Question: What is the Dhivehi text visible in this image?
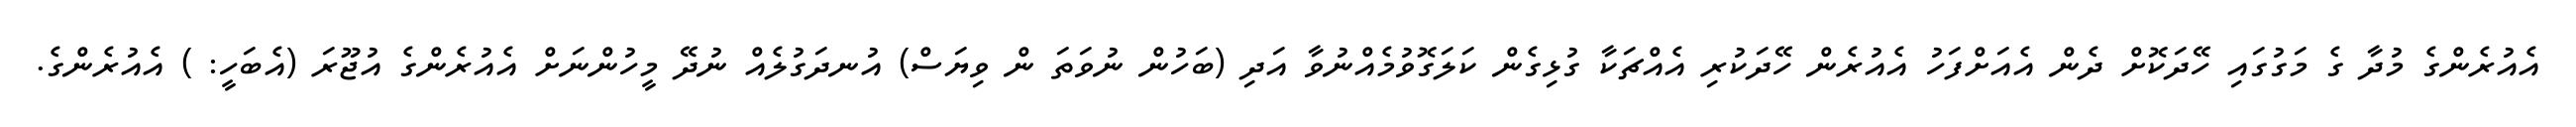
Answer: އެއުރެންގެ މުދާ ގެ މަގުގައި ހޭދަކޮށް ދެން އެއަށްފަހު އެއުރެން ހޭދަކުރި އެއްޗަކާ ގުޅިގެން ކަލަގޮވުމެއްނުވާ އަދި (ބަހުން ނުވަތަ ން ވިޔަސް) އުނދަގުލެއް ނުދޭ މީހުންނަށް އެއުރެންގެ އުޖޫރަ (އެބަހީ: ) އެއުރެންގެ.